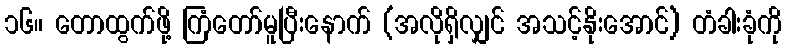
၁၆။ တောထွက်ဖို့ ကြံတော်မူပြီးနောက် (အလိုရှိလျှင် အသင့်နိုးအောင်) တံခါးခုံကို